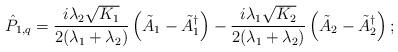
LaTeX: \begin{align*} \hat P_{1,q} = \frac{i\lambda_2\sqrt{K_1}}{2(\lambda_1 +\lambda_2)}\left(\tilde A_1 -\tilde A_1^\dagger\right) -\frac{i\lambda_1\sqrt{K_2}}{2(\lambda_1 +\lambda_2)}\left(\tilde A_2 -\tilde A^\dagger_2\right); \end{align*}